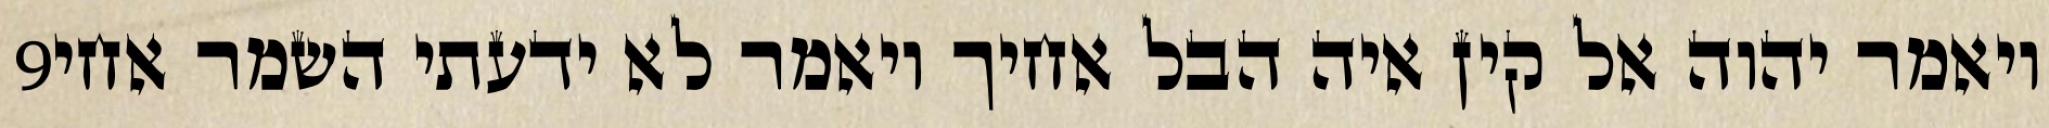
‎9‏ ויאמר יהוה אל קין איה הבל אחיך ויאמר לא ידעתי השמר אחי